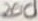
Text: 200